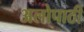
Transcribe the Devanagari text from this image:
अलोपाठी